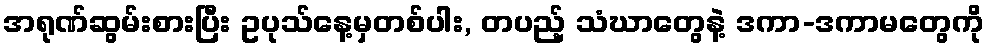
အရုဏ်ဆွမ်းစားပြီး ဥပုသ်နေ့မှတစ်ပါး, တပည့် သံဃာတွေနဲ့ ဒကာ-ဒကာမတွေကို